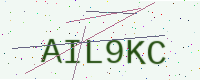
Text: AIL9KC